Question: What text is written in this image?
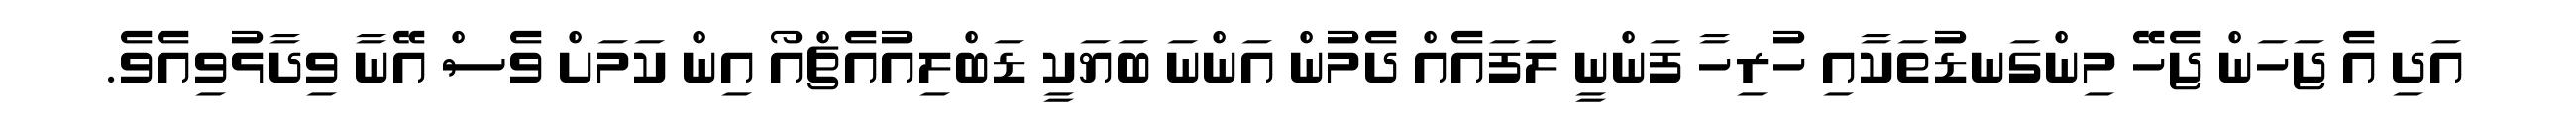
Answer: އަދި އެ ޖަހަން ޖެހޭ މިންގަނޑުތަކާއި ހުރިހާ ފަންނީ ލަފައެއް ދެމުން އަންނަ ބަޔަކީ ޑަބްލިއުއެޗްއޯ އިން ކަމަށް ވެސް އޭނާ ވިދާޅުވިއެވެ.